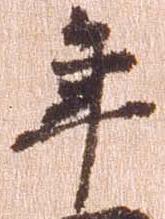
年